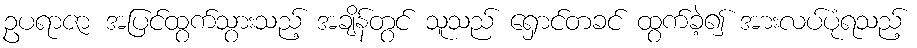
ဥပရာဇာ အပြင်ထွက်သွားသည့် အချိန်တွင် သူသည် ရှောင်တခင် ထွက်ခဲ့၍ အားလပ်ပုံရသည့်